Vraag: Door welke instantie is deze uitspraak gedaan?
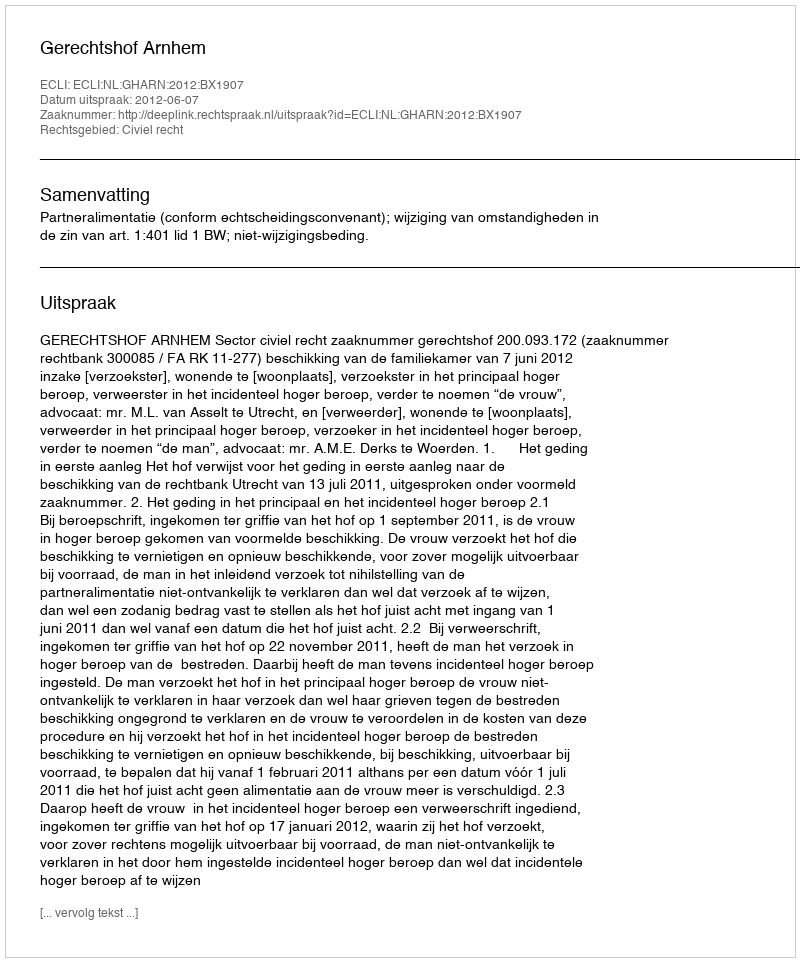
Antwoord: Gerechtshof Arnhem